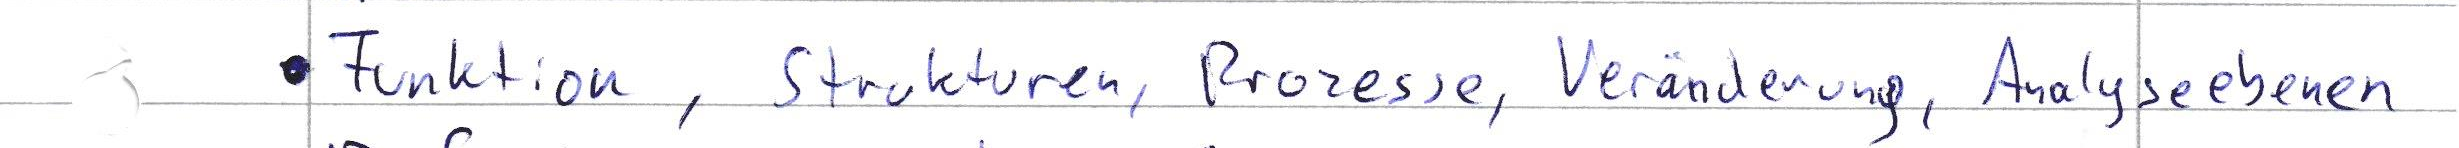
Funktion, Strukturen, Prozesse, Veränderung, Analyseebenen